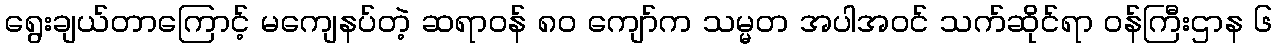
ရွေးချယ်တာကြောင့် မကျေနပ်တဲ့ ဆရာဝန် ၈၀ ကျော်က သမ္မတ အပါအဝင် သက်ဆိုင်ရာ ဝန်ကြီးဌာန ၆